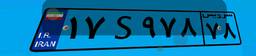
۳۷S۲۸۷۵۵